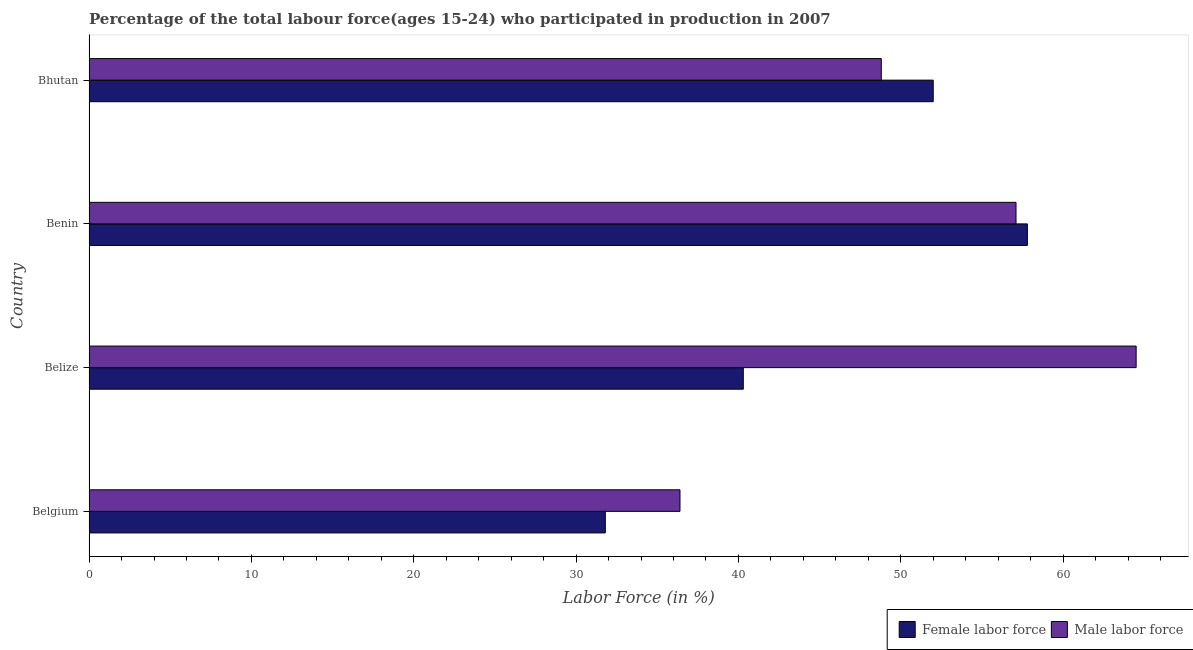
| Country | Female labor force | Male labor force |
 | --- | --- | --- |
 | Belgium | 31.8 | 36.4 |
 | Belize | 40.3 | 64.5 |
 | Benin | 57.8 | 57.1 |
 | Bhutan | 52 | 48.8 |